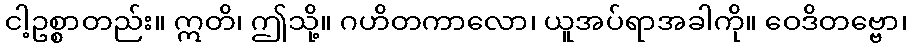
ငါ့ဥစ္စာတည်း။ ဣတိ၊ ဤသို့။ ဂဟိတကာလော၊ ယူအပ်ရာအခါကို။ ဝေဒိတဗ္ဗော၊